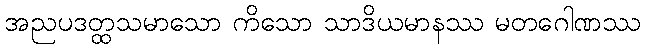
အညပဒတ္ထသမာသော ကိသော သာဒိယမာနဿ မတဂေါဏဿ